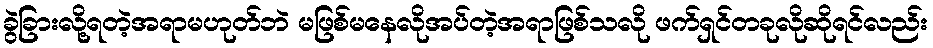
ခွဲခြားလို့ရတဲ့အရာမဟုတ်ဘဲ မဖြစ်မနေလိုအပ်တဲ့အရာဖြစ်သလို ဖက်ရှင်တခုလိုဆိုရင်လည်း